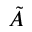
\tilde { A }